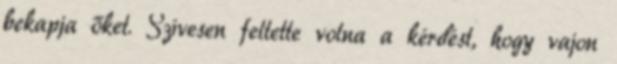
bekapja őket. Szívesen feltette volna a kérdést, hogy vajon